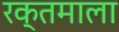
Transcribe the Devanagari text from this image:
रक्तमाला